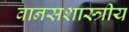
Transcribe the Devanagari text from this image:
वानसशास्त्रीय